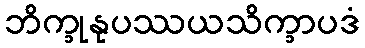
ဘိက္ခုနုပဿယသိက္ခာပဒံ